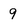
Character: 9